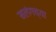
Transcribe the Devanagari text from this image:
मलंगच्या